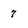
Character: 7